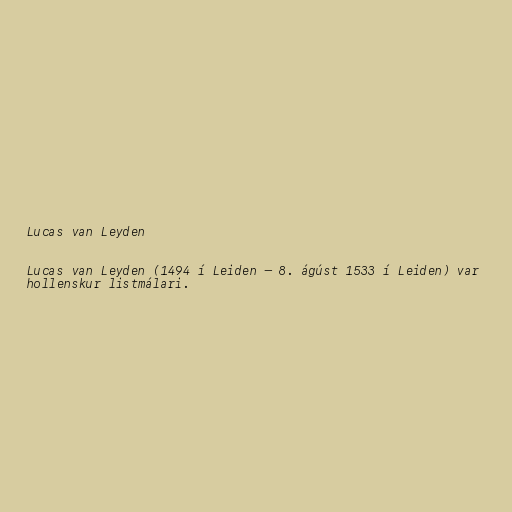
Lucas van Leyden

Lucas van Leyden (1494 í Leiden – 8. ágúst 1533 í Leiden) var
hollenskur listmálari.